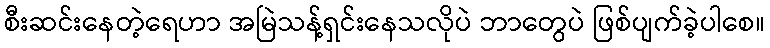
စီးဆင်းနေတဲ့ရေဟာ အမြဲသန့်ရှင်းနေသလိုပဲ ဘာတွေပဲ ဖြစ်ပျက်ခဲ့ပါစေ။